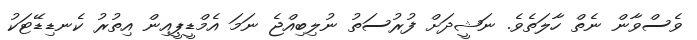
ވެސްވާން ނެތް ހާލަތެވެ. ނަޝީދަށް ފުރުސަތު ނުލިބިއްޖެ ނަމަ އެމްޑީޕީއިން އިތުރު ކެނޑިޑޭޓަކު